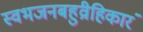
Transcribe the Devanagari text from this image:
स्वभजनबहुव्रीहिकारं